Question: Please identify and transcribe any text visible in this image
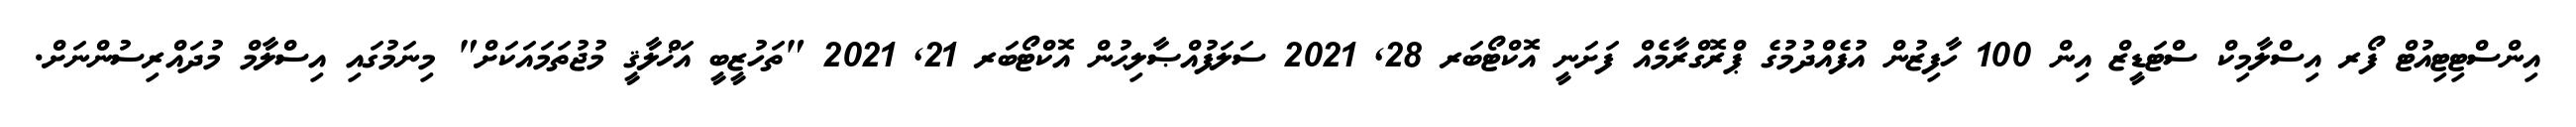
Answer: އިންސްޓިޓިއުޓް ފޯރ އިސްލާމިކް ސްޓަޑީޒް އިން 100 ހާފިޒުން އުފެއްދުމުގެ ޕްރޮގްރާމެއް ފަށަނީ އޮކްޓޯބަރ 28, 2021 ސަލަފުއްޞާލިޙުން އޮކްޓޯބަރ 21, 2021 "ތަހުޒީބީ އަޚްލާޤީ މުޖުތަމައަކަށް" މިނަމުގައި އިސްލާމް މުދައްރިސުންނަށް.